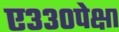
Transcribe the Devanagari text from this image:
ए३३०पेक्षा